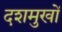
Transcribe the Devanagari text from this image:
दशमुखों